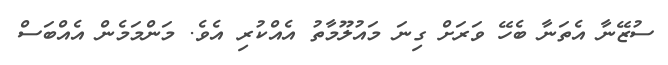
ސުޒޭނާ އެތަނާ ބެހޭ ވަރަށް ގިނަ މައުލޫމާތު އެއްކުރި އެވެ. މަންމަމެން އެއްބަސް